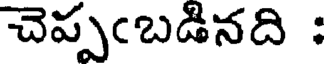
చెప్పఁబడినది :